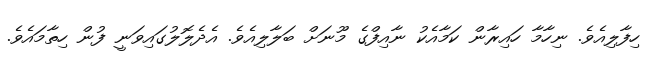
ހިފާލިއެވެ. ނިހާމާ ހައިރާން ކަމާއެކު ނާއިފްގެ މޫނަށް ބަލާލިއެވެ. އެދެލޮލުގައިވަނީ ފުން ހިތާމައެވެ.